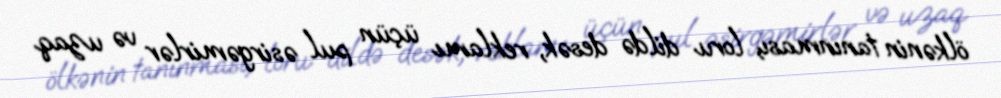
ölkənin tanınması, loru dildə desək, reklamı üçün pul əsirgəmirlər və uzaq